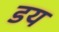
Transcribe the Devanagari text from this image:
डय